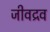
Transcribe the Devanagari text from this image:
जीवद्रव